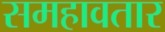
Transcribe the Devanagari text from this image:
समहावतार